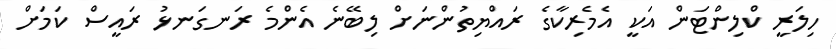
ހިލަރީ ކްލިންޓަން އަކީ އެމެރިކާގެ ރައްޔިތުންނަށް ލިބޭނެ އެންމެ ރަނގަނޅު ރައީސް ކަމަށް